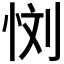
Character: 𰑙